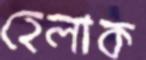
হেলাক